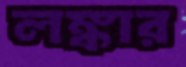
লঙ্কার